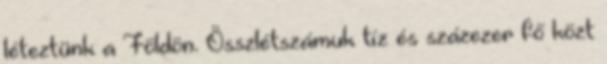
léteztünk a Földön. Összlétszámuk tíz és százezer fő közt